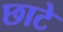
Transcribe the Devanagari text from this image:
छाटे